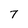
Character: 7